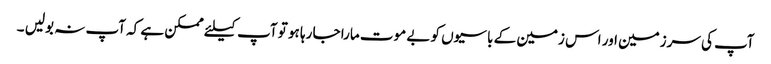
آپ کی سرزمین اور اس زمین کے باسیوں کو بے موت مارا جا رہا ہو تو آپ کیلئے ممکن ہے کہ آپ نہ بولیں ۔